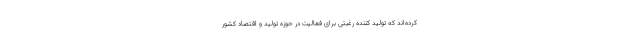
کرده‌اند که تولید کننده رغبتی برای فعالیت در حوزه تولید و اقتصاد کشور